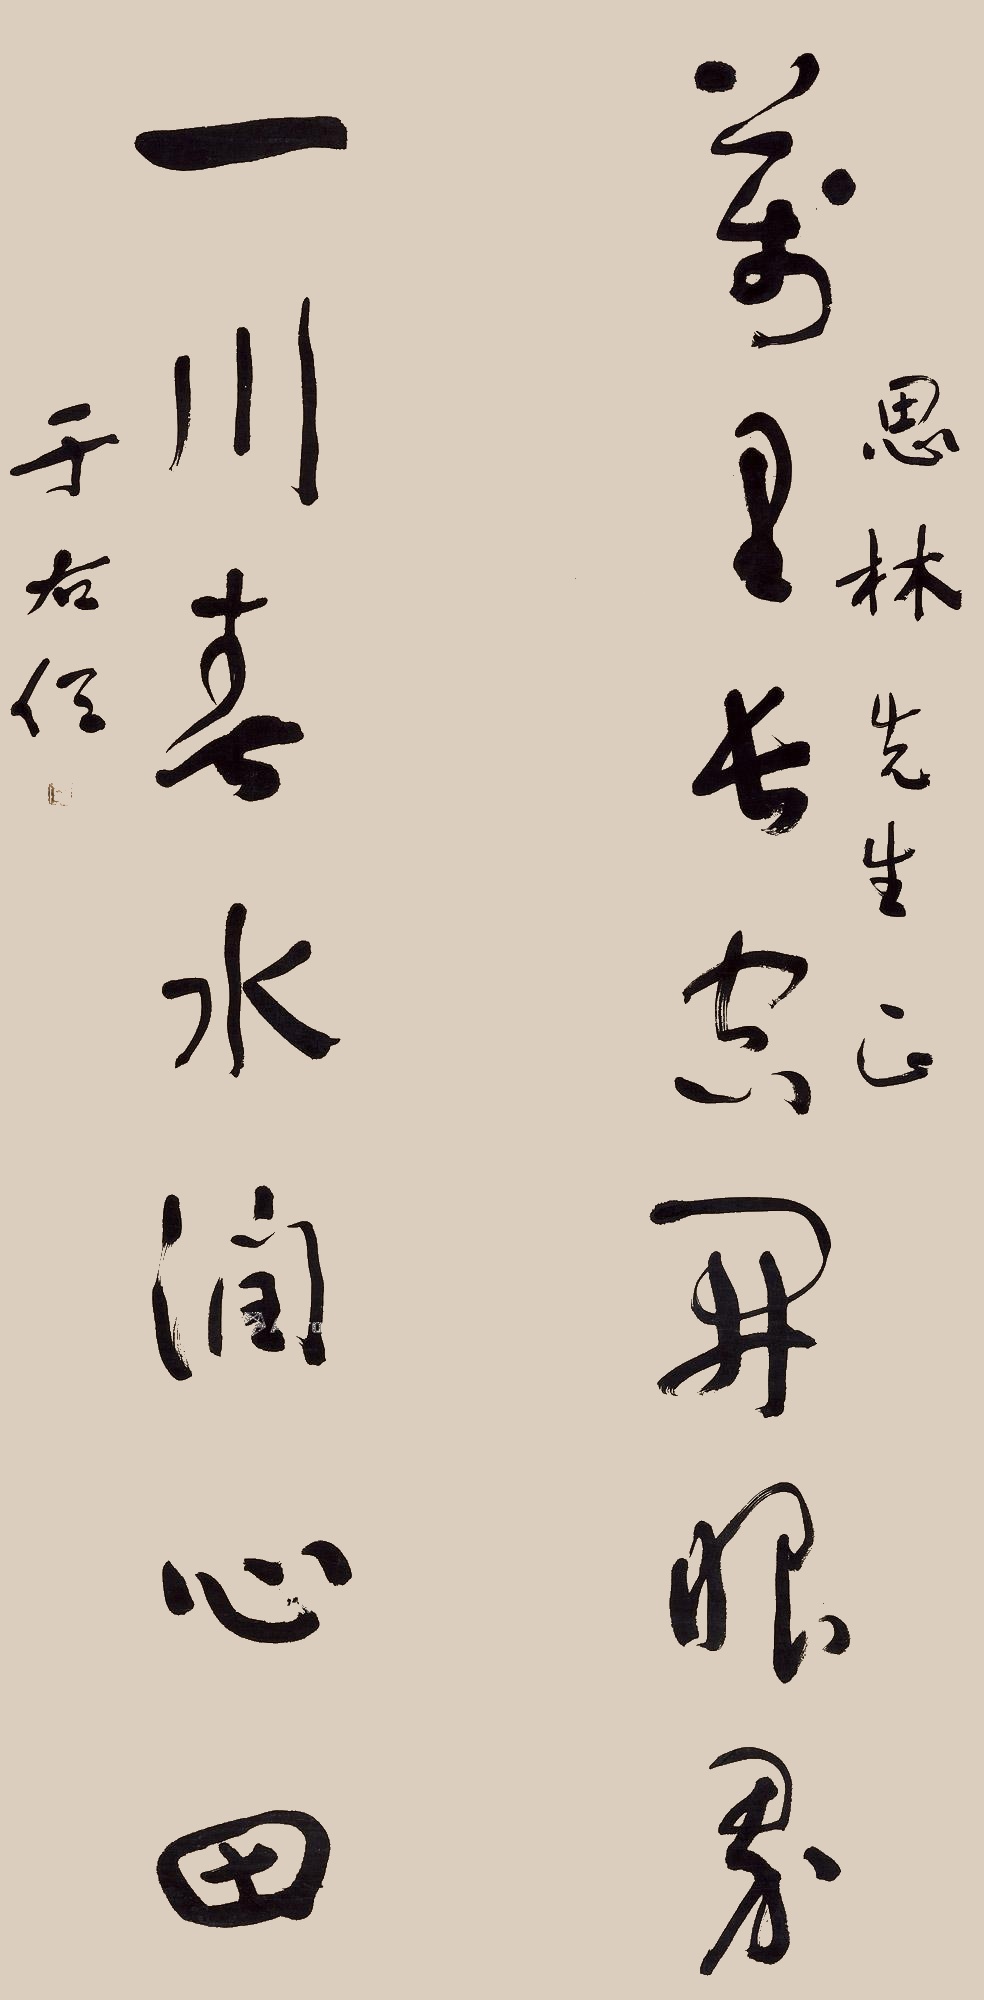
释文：万里长空开眼界，一川春水润心田。思林先生正。于右任。